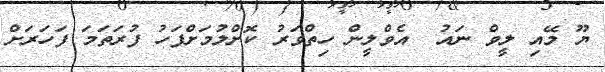
ޔޫ މޭއި ލީވް ނައު  އެވްލީން ހިތްވަރު ކޮށްލުމަށްފަހު ފުރަތަމަ ފަހަރަށް